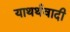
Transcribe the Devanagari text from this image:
याथर्थवादी